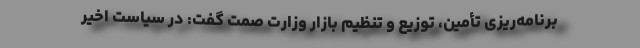
برنامه‌ریزی تأمین، توزیع و تنظیم بازار وزارت صمت گفت: در سیاست اخیر